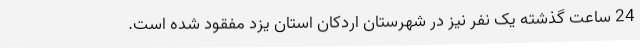
24 ساعت گذشته یک نفر نیز در شهرستان اردکان استان یزد مفقود شده است.